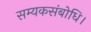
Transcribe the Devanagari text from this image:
सम्यकसंबोधि।